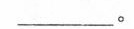
\underline。